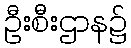
ဦးစီးဌာန၌